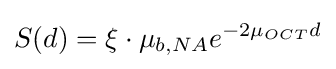
S(d)=\xi \cdot \mu _{b,NA}e^{-2\mu _{OCT}d}